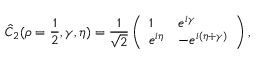
\hat { C } _ { 2 } ( \rho = \frac { 1 } { 2 } , \gamma , \eta ) = \frac { 1 } { \sqrt { 2 } } \left( \begin{array} { l l } { 1 } & { e ^ { i \gamma } } \\ { e ^ { i \eta } } & { - e ^ { i ( \eta + \gamma ) } } \end{array} \right) ,